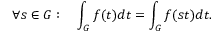
\forall s \in G : \quad \int _ { G } f ( t ) d t = \int _ { G } f ( s t ) d t .